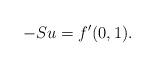
LaTeX: \begin{align*} -S u = f' (0,1). \end{align*}